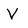
Character: V